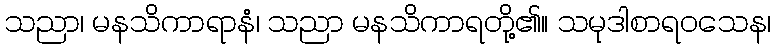
သညာ၊ မနသိကာရာနံ၊ သညာ မနသိကာရတို့၏။ သမုဒါစာရဝသေန၊